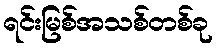
ရင်းမြစ်အသစ်တစ်ခု